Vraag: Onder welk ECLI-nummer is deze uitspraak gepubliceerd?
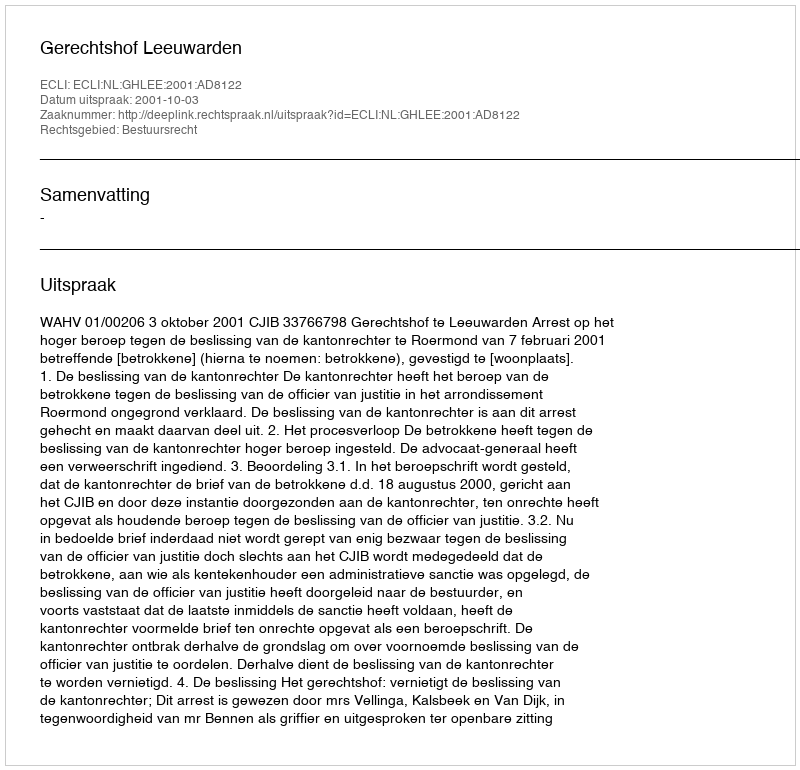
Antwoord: ECLI:NL:GHLEE:2001:AD8122